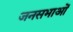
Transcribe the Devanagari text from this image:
जनसभाआें